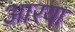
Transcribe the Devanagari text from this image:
आरया